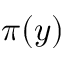
\pi ( y )